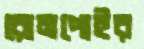
রোমপোইর